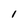
Character: I